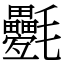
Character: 氎